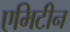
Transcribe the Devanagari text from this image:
एमिटीन